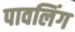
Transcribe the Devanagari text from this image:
पावलिंग